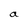
Character: a